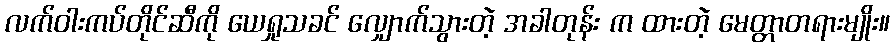
လက်ဝါးကပ်တိုင်ဆီကို ယေရှုသခင် လျှောက်သွားတဲ့ အခါတုန်း က ထားတဲ့ မေတ္တာတရားမျိုး။